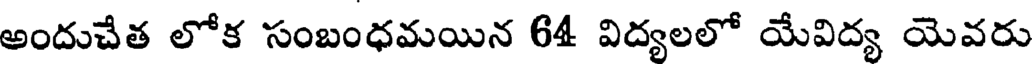
అందుచేత లోక సంబంధమయిన 64 విద్యలలో యేవిద్య యెవరు